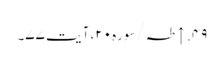
۴۹. ↑ طہ/سوره۲۰، آیت ۷۷۔